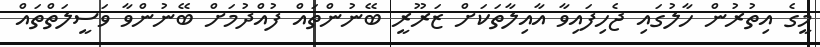
މީގެ އިތުރުން ހާލުގައި ޖެހިފައިވާ އާއިލާތަކަށް ޒަރޫރީ ބޭނުންތައް ފުއްދުމަށް ބޭނުންވާ ވަސީލަތްތައް